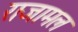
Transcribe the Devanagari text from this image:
राजामल